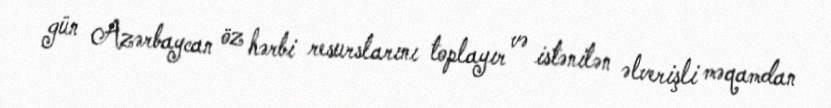
gün Azərbaycan öz hərbi resurslarını toplayır və istənilən əlverişli məqamdan